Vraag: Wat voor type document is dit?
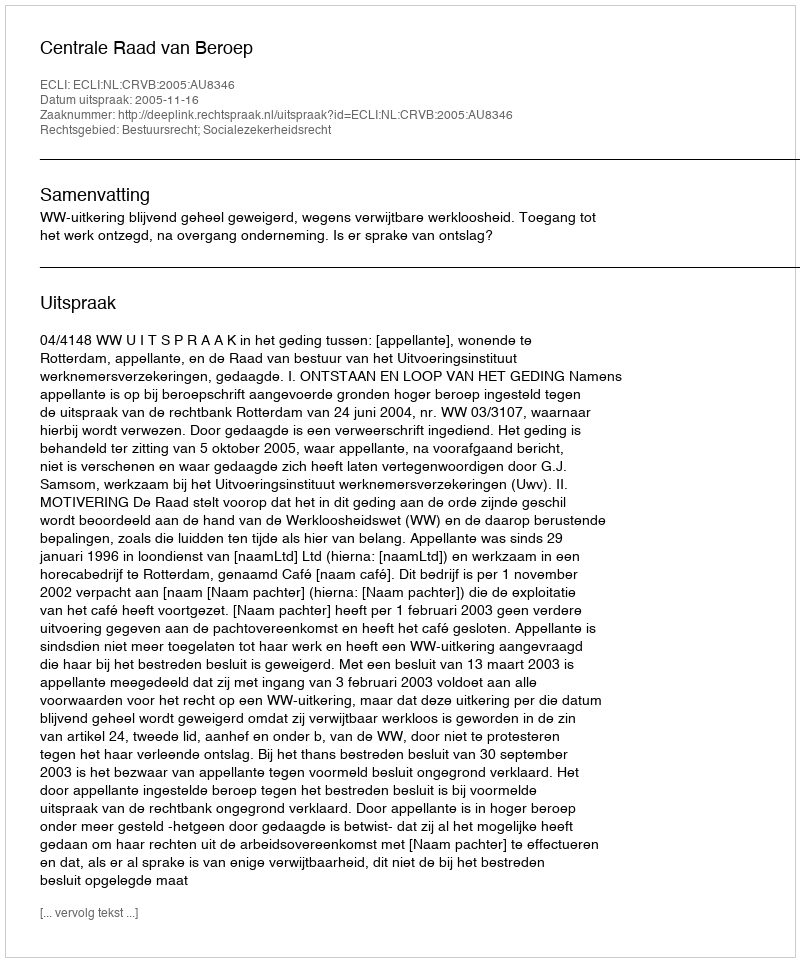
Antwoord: Uitspraak